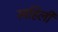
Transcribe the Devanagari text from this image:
स्वहिली